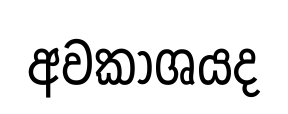
අවකාශයද